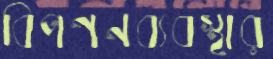
বিপণনব্যবস্থার